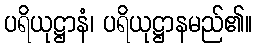
ပရိယုဋ္ဌာနံ၊ ပရိယုဋ္ဌာနမည်၏။